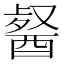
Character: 𮠯